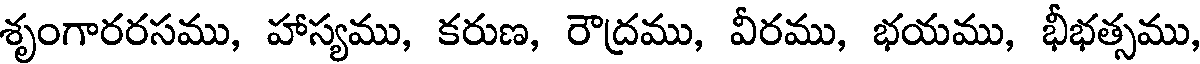
శృంగారరసము, హాస్యము, కరుణ, రౌద్రము, వీరము, భయము, భీభత్సము,